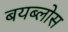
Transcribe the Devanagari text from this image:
बयब्लोस